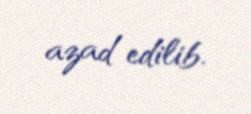
azad edilib.